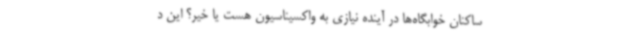
ساکنان خوابگاه‌ها در آینده نیازی به واکسیناسیون هست یا خیر؟ این د